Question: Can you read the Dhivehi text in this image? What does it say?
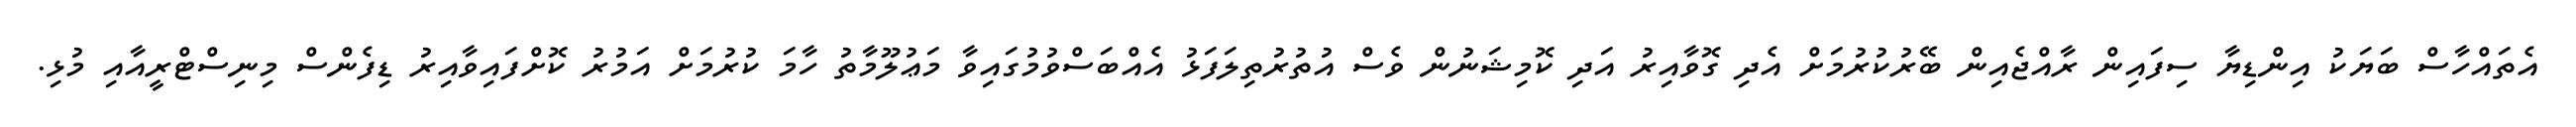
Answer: އެތައްހާސް ބަޔަކު އިންޑިޔާ ސިފައިން ރާއްޖެއިން ބޭރުކުރުމަށް އެދި ގޮވާއިރު އަދި ކޮމިޝަނުން ވެސް އުތުރުތިލަފަޅު އެއްބަސްވުމުގައިވާ މަޢުލޫމާތު ހާމަ ކުރުމަށް އަމުރު ކޮށްފައިވާއިރު ޑިފެންސް މިނިސްޓްރީއާއި މުޅި.